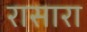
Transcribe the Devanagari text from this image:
रासारा